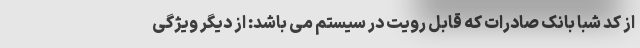
از کد شبا بانک صادرات که قابل رویت در سیستم می باشد: از دیگر ویژگی